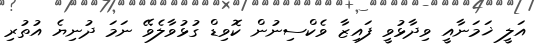
އަލީ ޚަމަނާއީ ވިދާޅުވީ ފައިޒާ ވެކްސިނުން ކޮވިޑް ގުޅުވާލެވޭ ނަމަ ދުނިޔެ އުތުރި